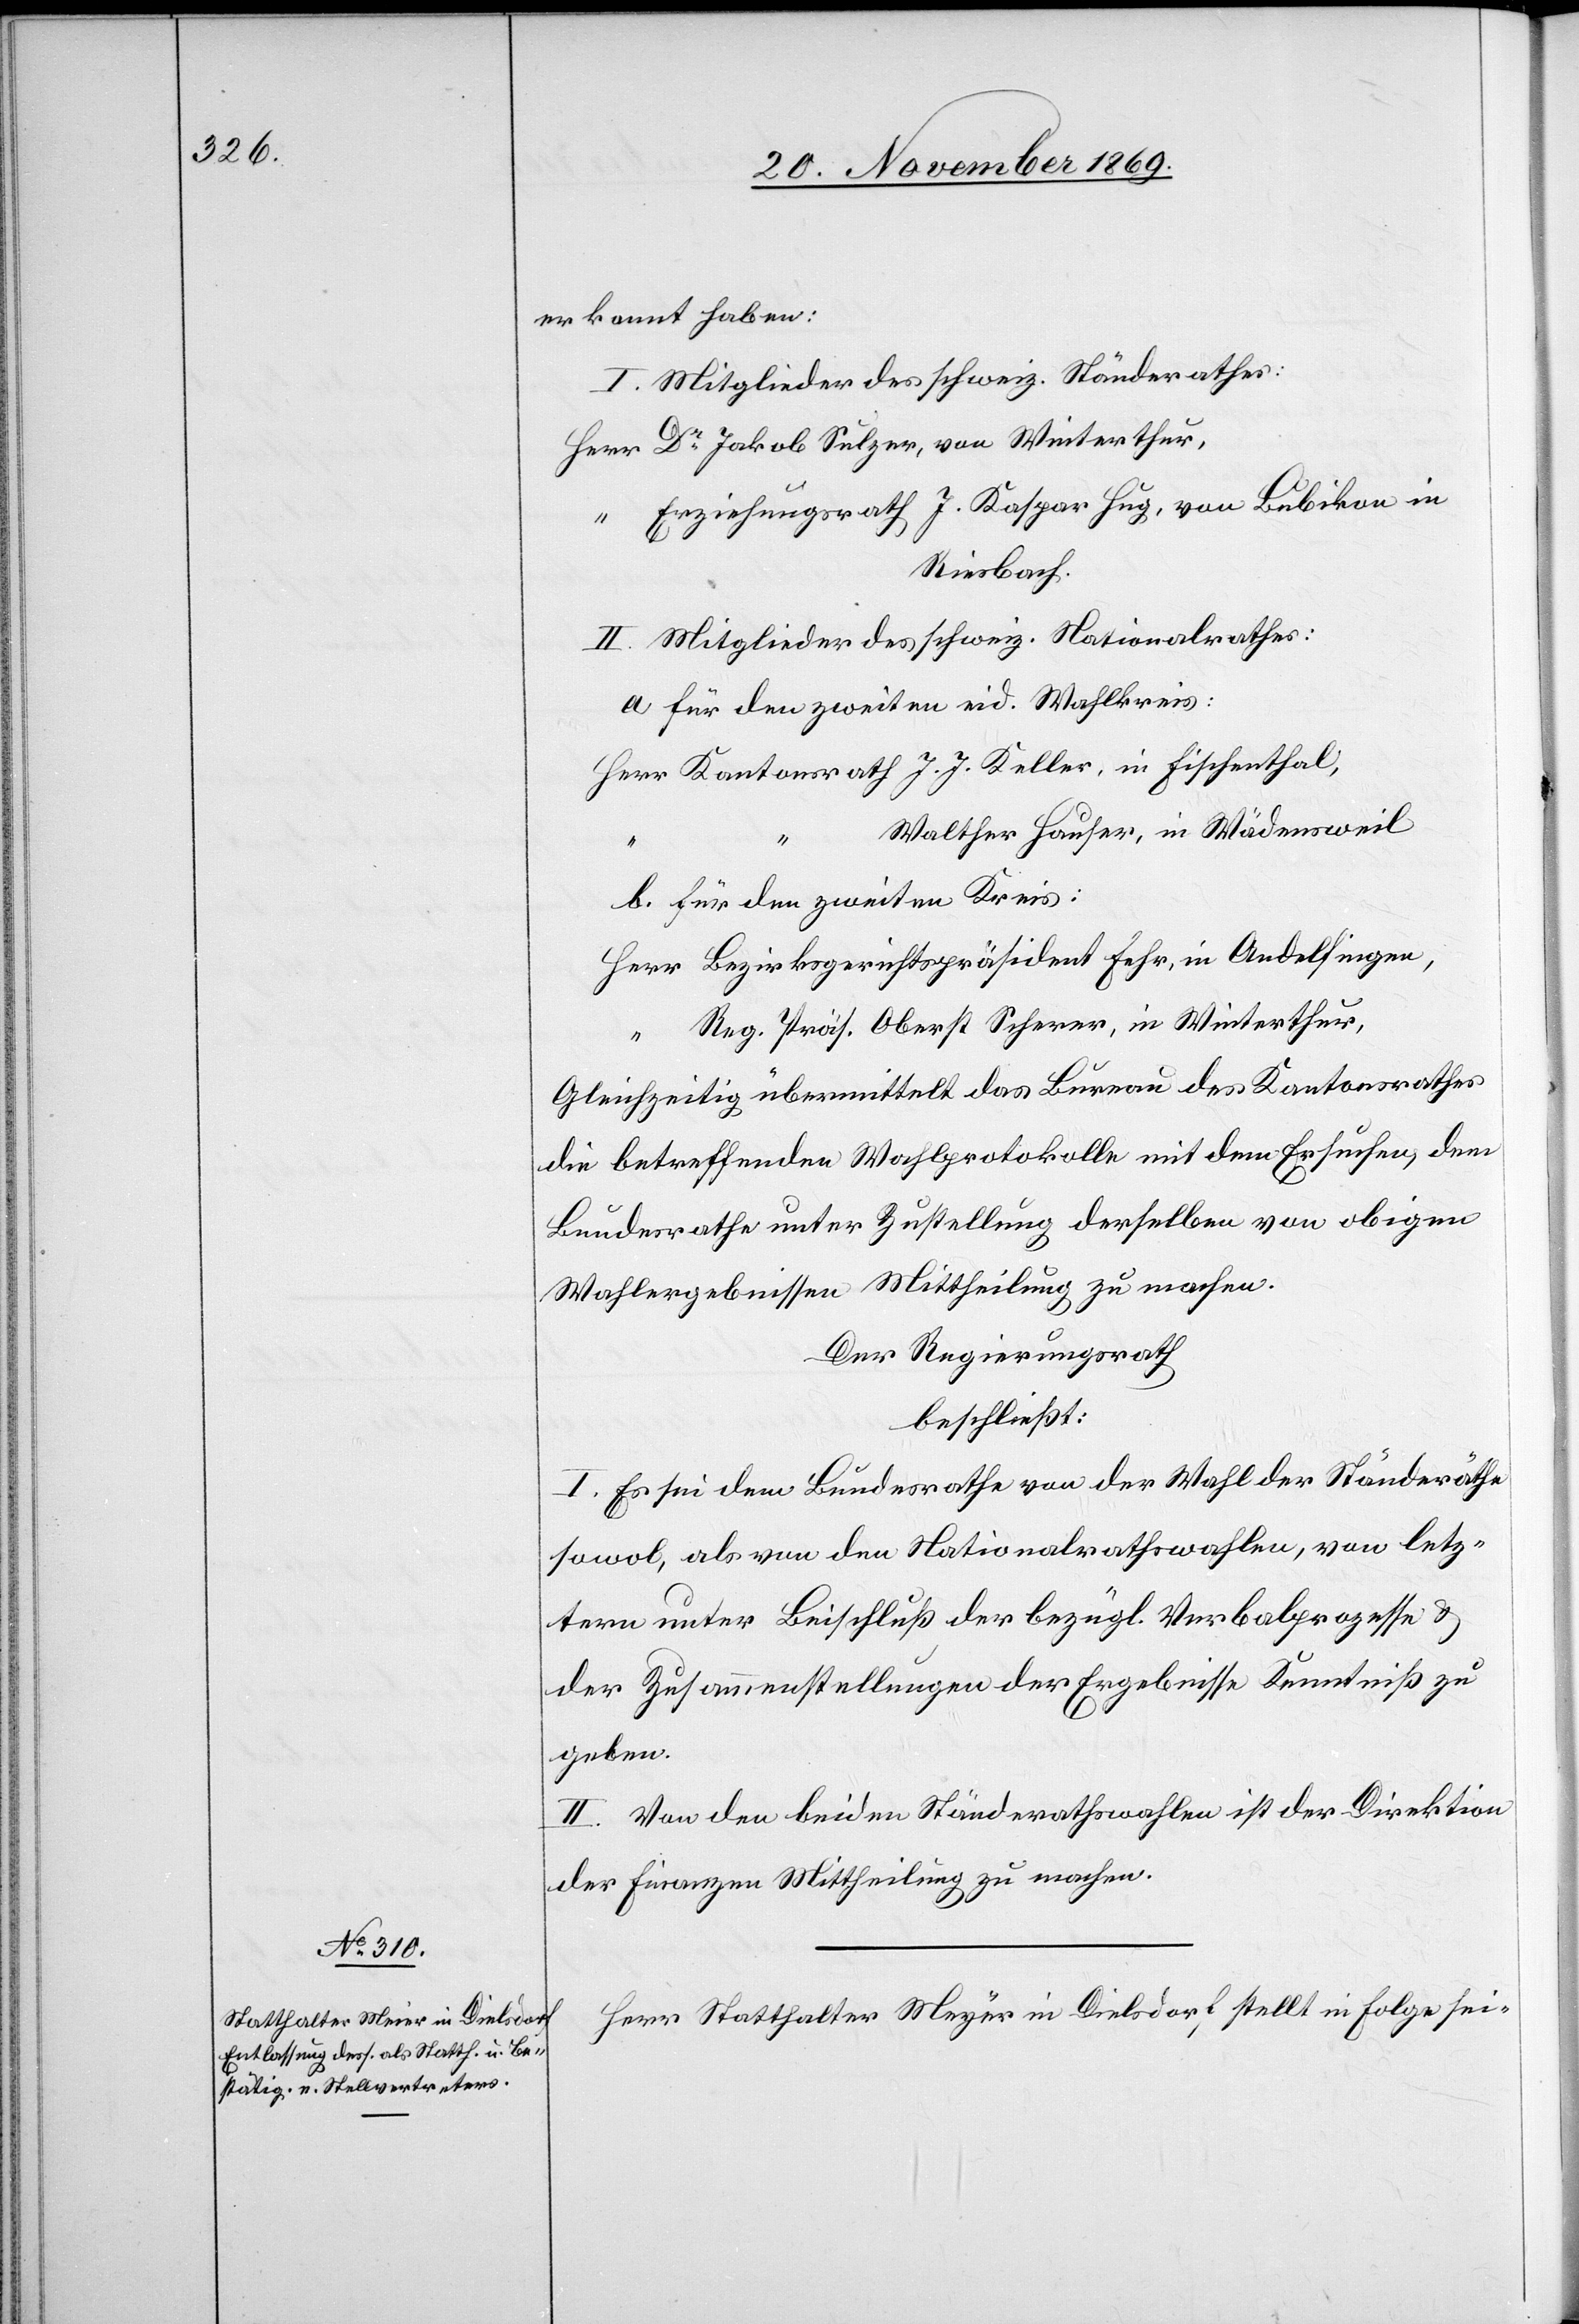
erkannt haben:
I. Mitglieder des schweiz. Ständerathes:
Herr Dr Jakob Sulzer, von Winterthur,
“ Erziehungsrath J. Kaspar Hug, von Bubikon in
Riesbach.
II. Mitglieder des schweiz. Nationalrathes:
a. für den zweiten eid. Wahlkreis:
Herr Kantonsrath J. J. Keller, in -Fischenthal,
Walther Hauser, in Wädensweil
b. für den zweiten Kreis:
Herr Bezirksgerichtspräsident Fehr, in Andelfingen,
“ Reg. Präs. Oberst Scherer, in Winterthur,
Gleichzeitig übermittelt das Bureau des Kantonsrathes
die betreffenden Wahlprotokolle mit dem Ersuchen, dem
Bundesrathe unter Zustellung derselben von obigen
Wahlergebnissen Mittheilung zu machen.
Der Regierungsrath
beschließt:
I. Es sei dem Bundesrathe von der Wahl der Ständeräthe
sowol, als von den Nationalrathswahlen, von letz¬
tern unter Beischluß der bezügl. Verbalprozesse &
der Zusammenstellungen der Ergebnisse Kenntniß zu
geben.
II. Von den beiden Ständerathswahlen ist der Direktion
der Finanzen Mittheilung zu machen.
Herr Statthalter Meyer in Dielsdorf stellt in Folge sei-